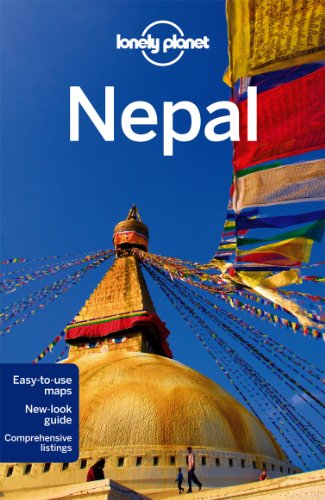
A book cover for Lonely Planet Nepal (Travel Guide); Lonely Planet; Sports & Outdoors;